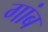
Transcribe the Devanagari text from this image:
गांब